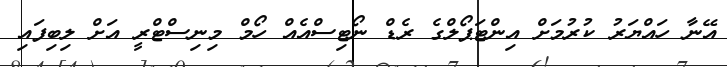
އޭނާ ހައްޔަރު ކުރުމަށް އިންޓަޕޯލްގެ ރެޑް ނޯޓިސްއެއް ހޯމް މިނިސްޓްރީ އަށް ލިބިފައި